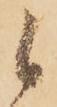
候